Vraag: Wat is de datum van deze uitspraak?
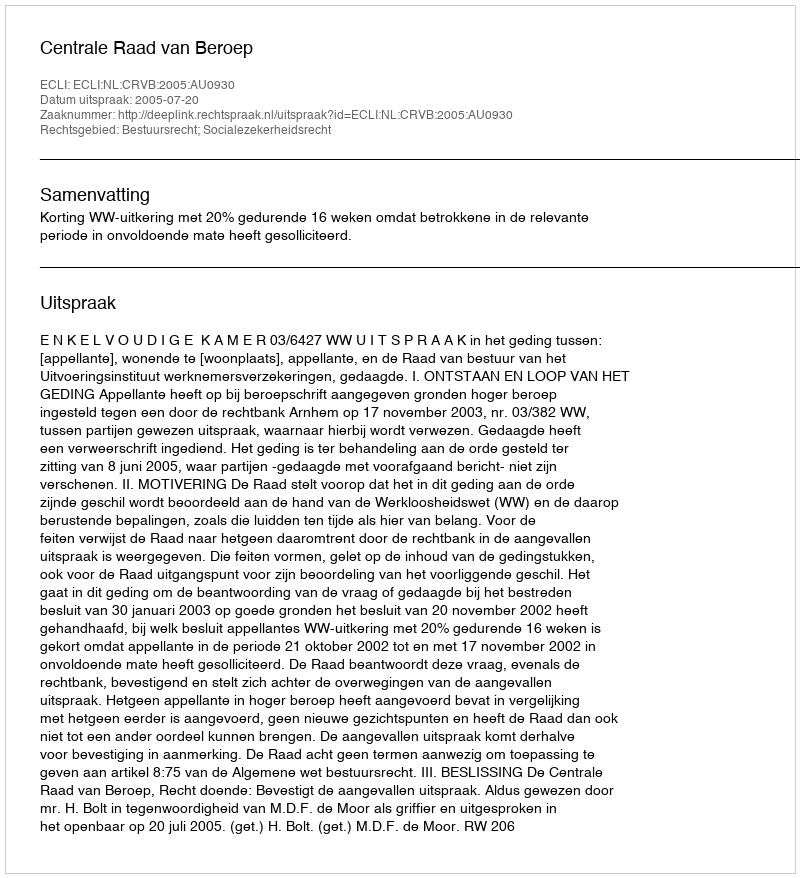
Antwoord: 2005-07-20